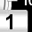
Digit: 1